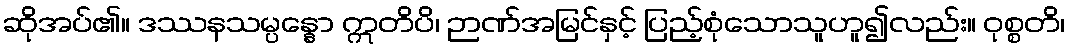
ဆိုအပ်၏။ ဒဿနသမ္ပန္နော ဣတိပိ၊ ဉာဏ်အမြင်နှင့် ပြည့်စုံသောသူဟူ၍လည်း။ ဝုစ္စတိ၊